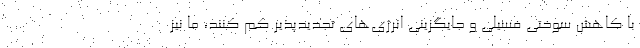
با کاهش سوختی فسیلی و جایگزینی انرژی‌های تجدیدپذیر کم کنند، ما نیز